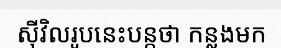
ស៊ីវិលរូបនេះបន្តថា កន្លងមក